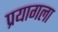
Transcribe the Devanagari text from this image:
प्रयागला